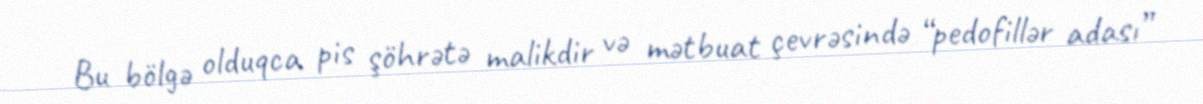
Bu bölgə olduqca pis şöhrətə malikdir və mətbuat çevrəsində “pedofillər adası”